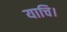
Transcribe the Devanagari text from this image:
याचि।